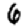
Digit: 6